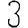
Digit: 3